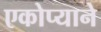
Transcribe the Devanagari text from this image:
एकोप्याने